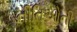
નીતિઓની